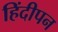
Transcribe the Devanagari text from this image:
हिंदीपन